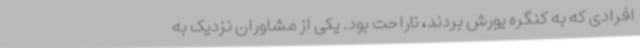
افرادی که به کنگره یورش بردند، ناراحت بود. یکی از مشاوران نزدیک به